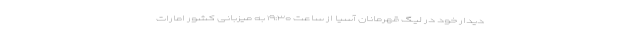
دیدار خود در لیگ قهرمانان آسیا از ساعت ۱۹:۳۰ به میزبانی کشور امارات